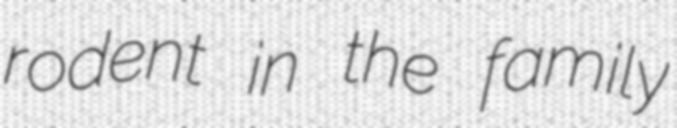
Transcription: rodent in the family